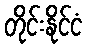
တိုင်းနိုင်ငံ